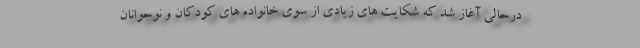
درحالی آغاز شد که شکایت های زیادی از سوی خانواده های کودکان و نوجوانان